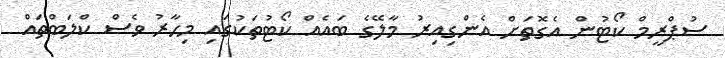
ސުޕްރީމް ކޯޓުން އެގޮތަށް އެންގިއިރު މާލޭގެ ބައެއް ކޯޓުތަކުގައި މިހާރު ވެސް ކްލަބްތައް